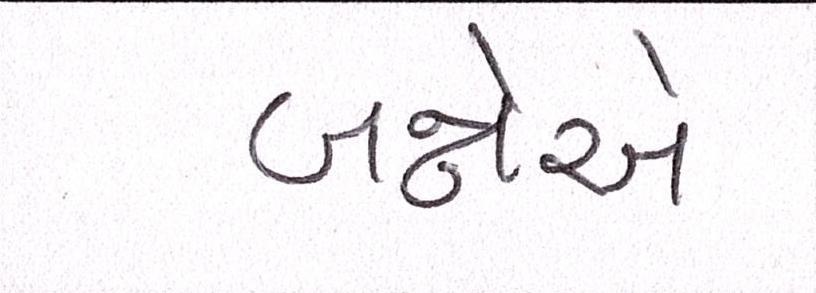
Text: બન્નેએ